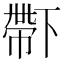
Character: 𠁑